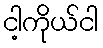
ငါ့ကိုယ်ငါ